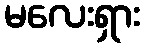
မလေးရှား